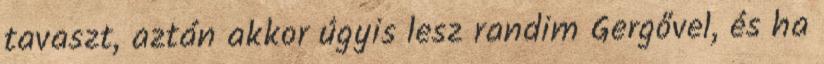
tavaszt, aztán akkor úgyis lesz randim Gergővel, és ha